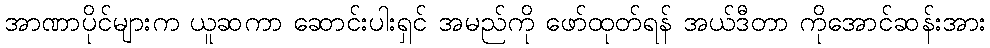
အာဏာပိုင်များက ယူဆကာ ဆောင်းပါးရှင် အမည်ကို ဖော်ထုတ်ရန် အယ်ဒီတာ ကိုအောင်ဆန်းအား